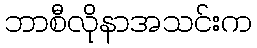
ဘာစီလိုနာအသင်းက